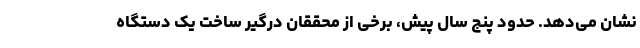
نشان می‌دهد. حدود پنج سال پیش، برخی از محققان درگیر ساخت یک دستگاه